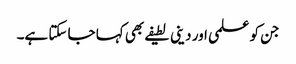
جن کو علمی اور دینی لطیفے بھی کہا جا سکتا ہے۔